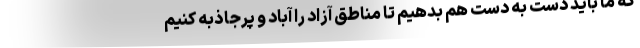
که ما باید دست به دست هم بدهیم تا مناطق آزاد را آباد و پرجاذبه کنیم